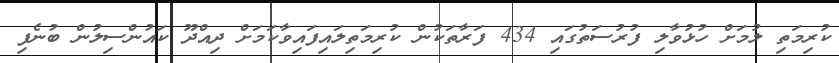
ކުރިމަތި ލުމަށް ހުޅުވާލި ފުރުސަތުގައި 434 ފަރާތަކުން ކުރިމަތިލައިފައިވާކަމަށް ދިއްދޫ ކައުންސިލުން ބުނެފި